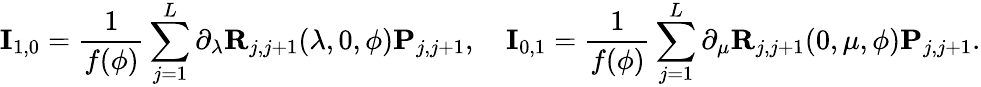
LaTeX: \mathbf{I}_{1,0}=\frac{1}{f(\phi)}\sum_{j=1}^{L}\partial_{\lambda}\mathbf{R}_{j,j+1}(\lambda,0,\phi)\mathbf{P}_{j,j+1},\quad\mathbf{I}_{0,1}=\frac{1}{f(\phi)}\sum_{j=1}^{L}\partial_{\mu}\mathbf{R}_{j,j+1}(0,\mu,\phi)\mathbf{P}_{j,j+1}.